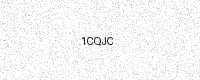
Text: 1CQJC